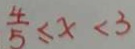
\frac { 4 } { 5 } \leq x < 3